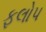
ફલોપ